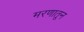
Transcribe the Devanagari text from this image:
मरणातून